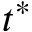
t ^ { * }